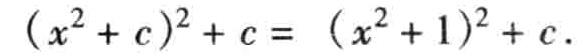
\((x^{2}+c)^{2}+c = (x^{2}+1)^{2}+c\)